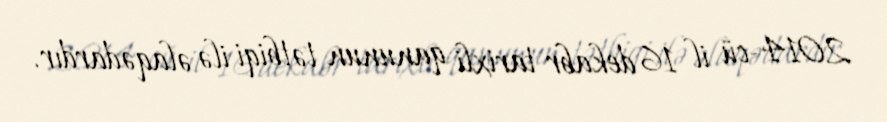
2014-cü il 16 dekabr tarixli qanunun tətbiqi ilə əlaqədardır.